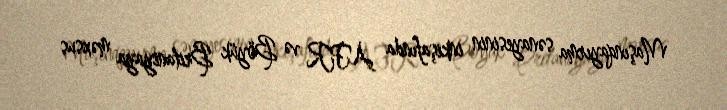
Maşınqayırma sənayesinin inkişafında AFR və Böyük Britaniyaya məxsus